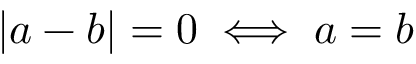
| a - b | = 0 \iff a = b